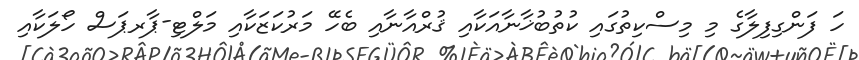
ހަ ފަންގިފިލާގެ މި މިސްކިތުގައި ކުތުބުޚާނާއަކާއި ޤުރްއާނާއި ބެހޭ މަރުކަޒަކާއި މަލްޓި-ޕާރޕަސް ހޯލަކާއި